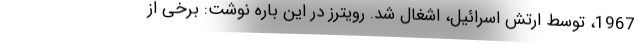
1967، توسط ارتش اسرائیل، اشغال شد. رویترز در این باره نوشت: برخی از